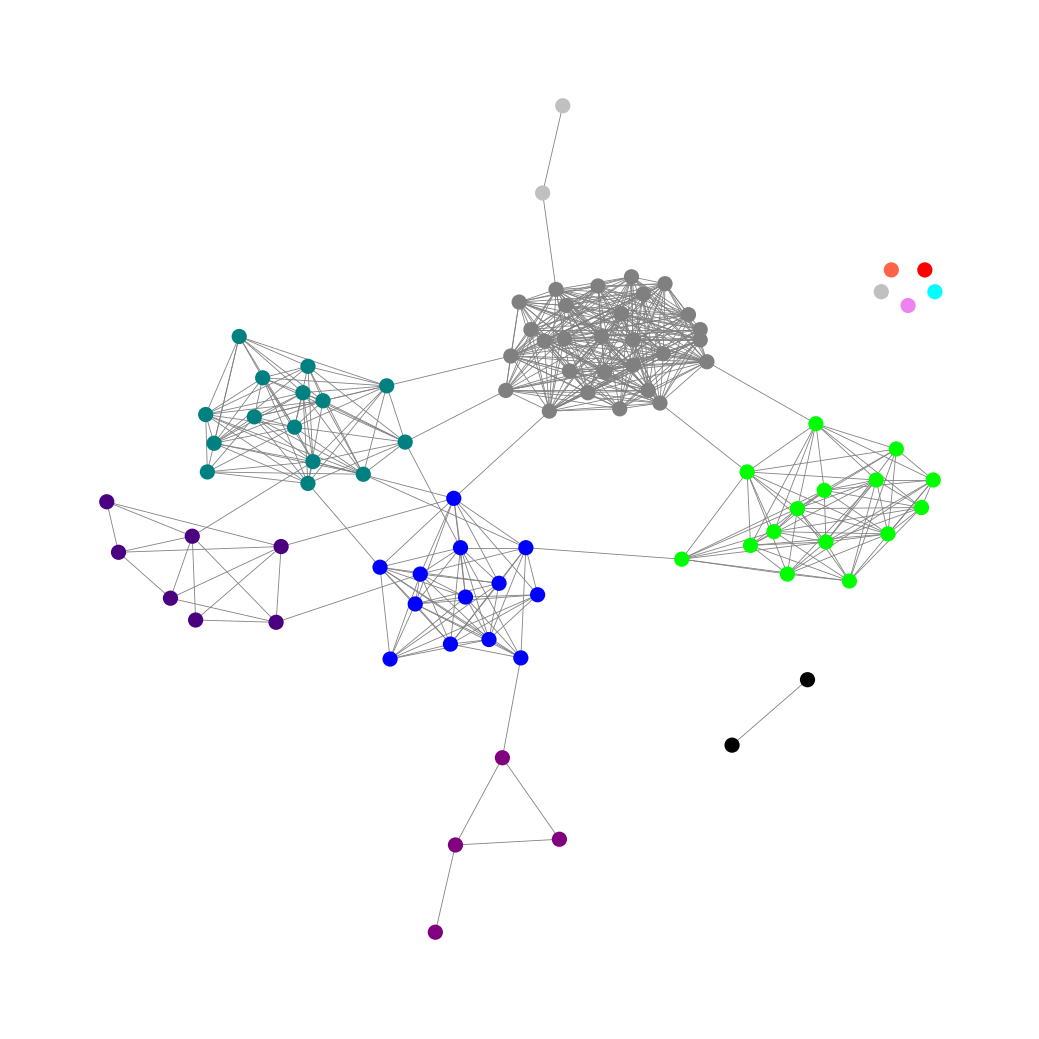
Graph connected: No
Number of connected components: 7
Number of singletons: 5
Total number of nodes: 91
Total number of edges: 511
Number of communities: 12
Community sizes:
Aqua: 1
Black: 2
Blue: 13
Gray: 28
Indigo: 7
Lime: 15
Purple: 4
Red: 1
Silver: 3
Teal: 15
Tomato: 1
Violet: 1
Graph layout: tda
Graph generation method: erdos_renyi